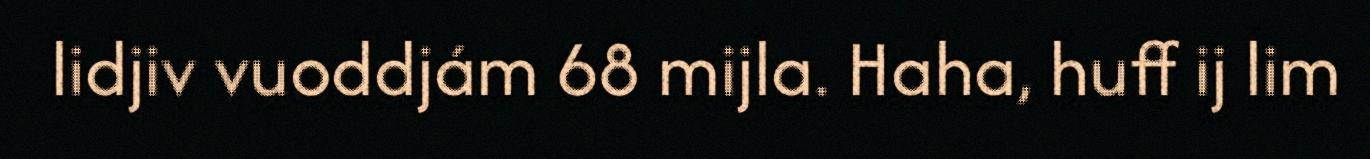
lidjiv vuoddjám 68 mijla. Haha, huff ij lim